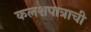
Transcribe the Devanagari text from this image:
कलशपात्राची